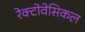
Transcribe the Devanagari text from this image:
रेक्टोवेसिकल